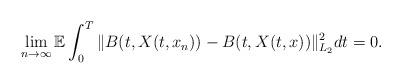
LaTeX: \begin{align*}\lim_{n\rightarrow\infty}\mathbb{E} \int_0^T \Vert B(t,X(t,x_n)) - B(t,X(t,x)) \Vert_{L_2}^2 dt = 0 .\end{align*}